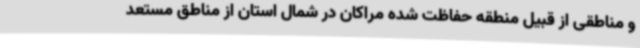
و مناطقی از قبیل منطقه حفاظت شده مراکان در شمال استان از مناطق مستعد